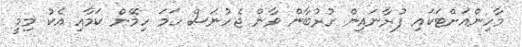
މާހިންއަށްޓަކައި ފުރާނައިން ގުރުބާން ވާން ޖެހުނަސް ހަމަ ހިމޭން ކަމާއި އެކު މިމީ